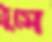
ঠুসে